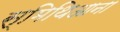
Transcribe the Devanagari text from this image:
स्मिथिआना